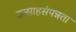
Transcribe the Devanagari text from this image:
उत्साहसंपन्नता